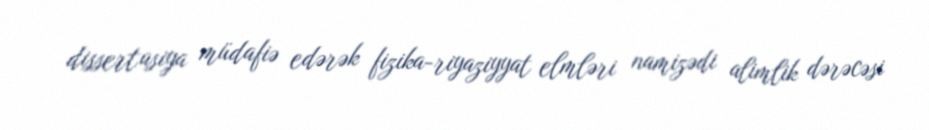
dissertasiya müdafiə edərək fizika-riyaziyyat elmləri namizədi alimlik dərəcəsi